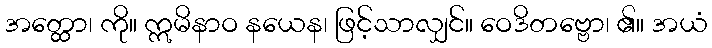
အတ္ထော၊ ကို။ ဣမိနာဝ နယေန၊ ဖြင့်သာလျှင်။ ဝေဒိတဗ္ဗော၊ ၏။ အယံ